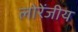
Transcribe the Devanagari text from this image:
लोरेंजीय